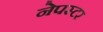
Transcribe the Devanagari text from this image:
नेपस्टर